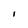
Character: I